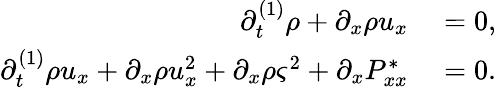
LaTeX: \begin{array}{rl}{\partial_{t}^{(1)}\rho+\partial_{x}\rho u_{x}}&{{}=0,}\\ {\partial_{t}^{(1)}\rho u_{x}+\partial_{x}\rho u_{x}^{2}+\partial_{x}\rho\varsigma^{2}+\partial_{x}P_{xx}^{*}}&{{}=0.}\end{array}